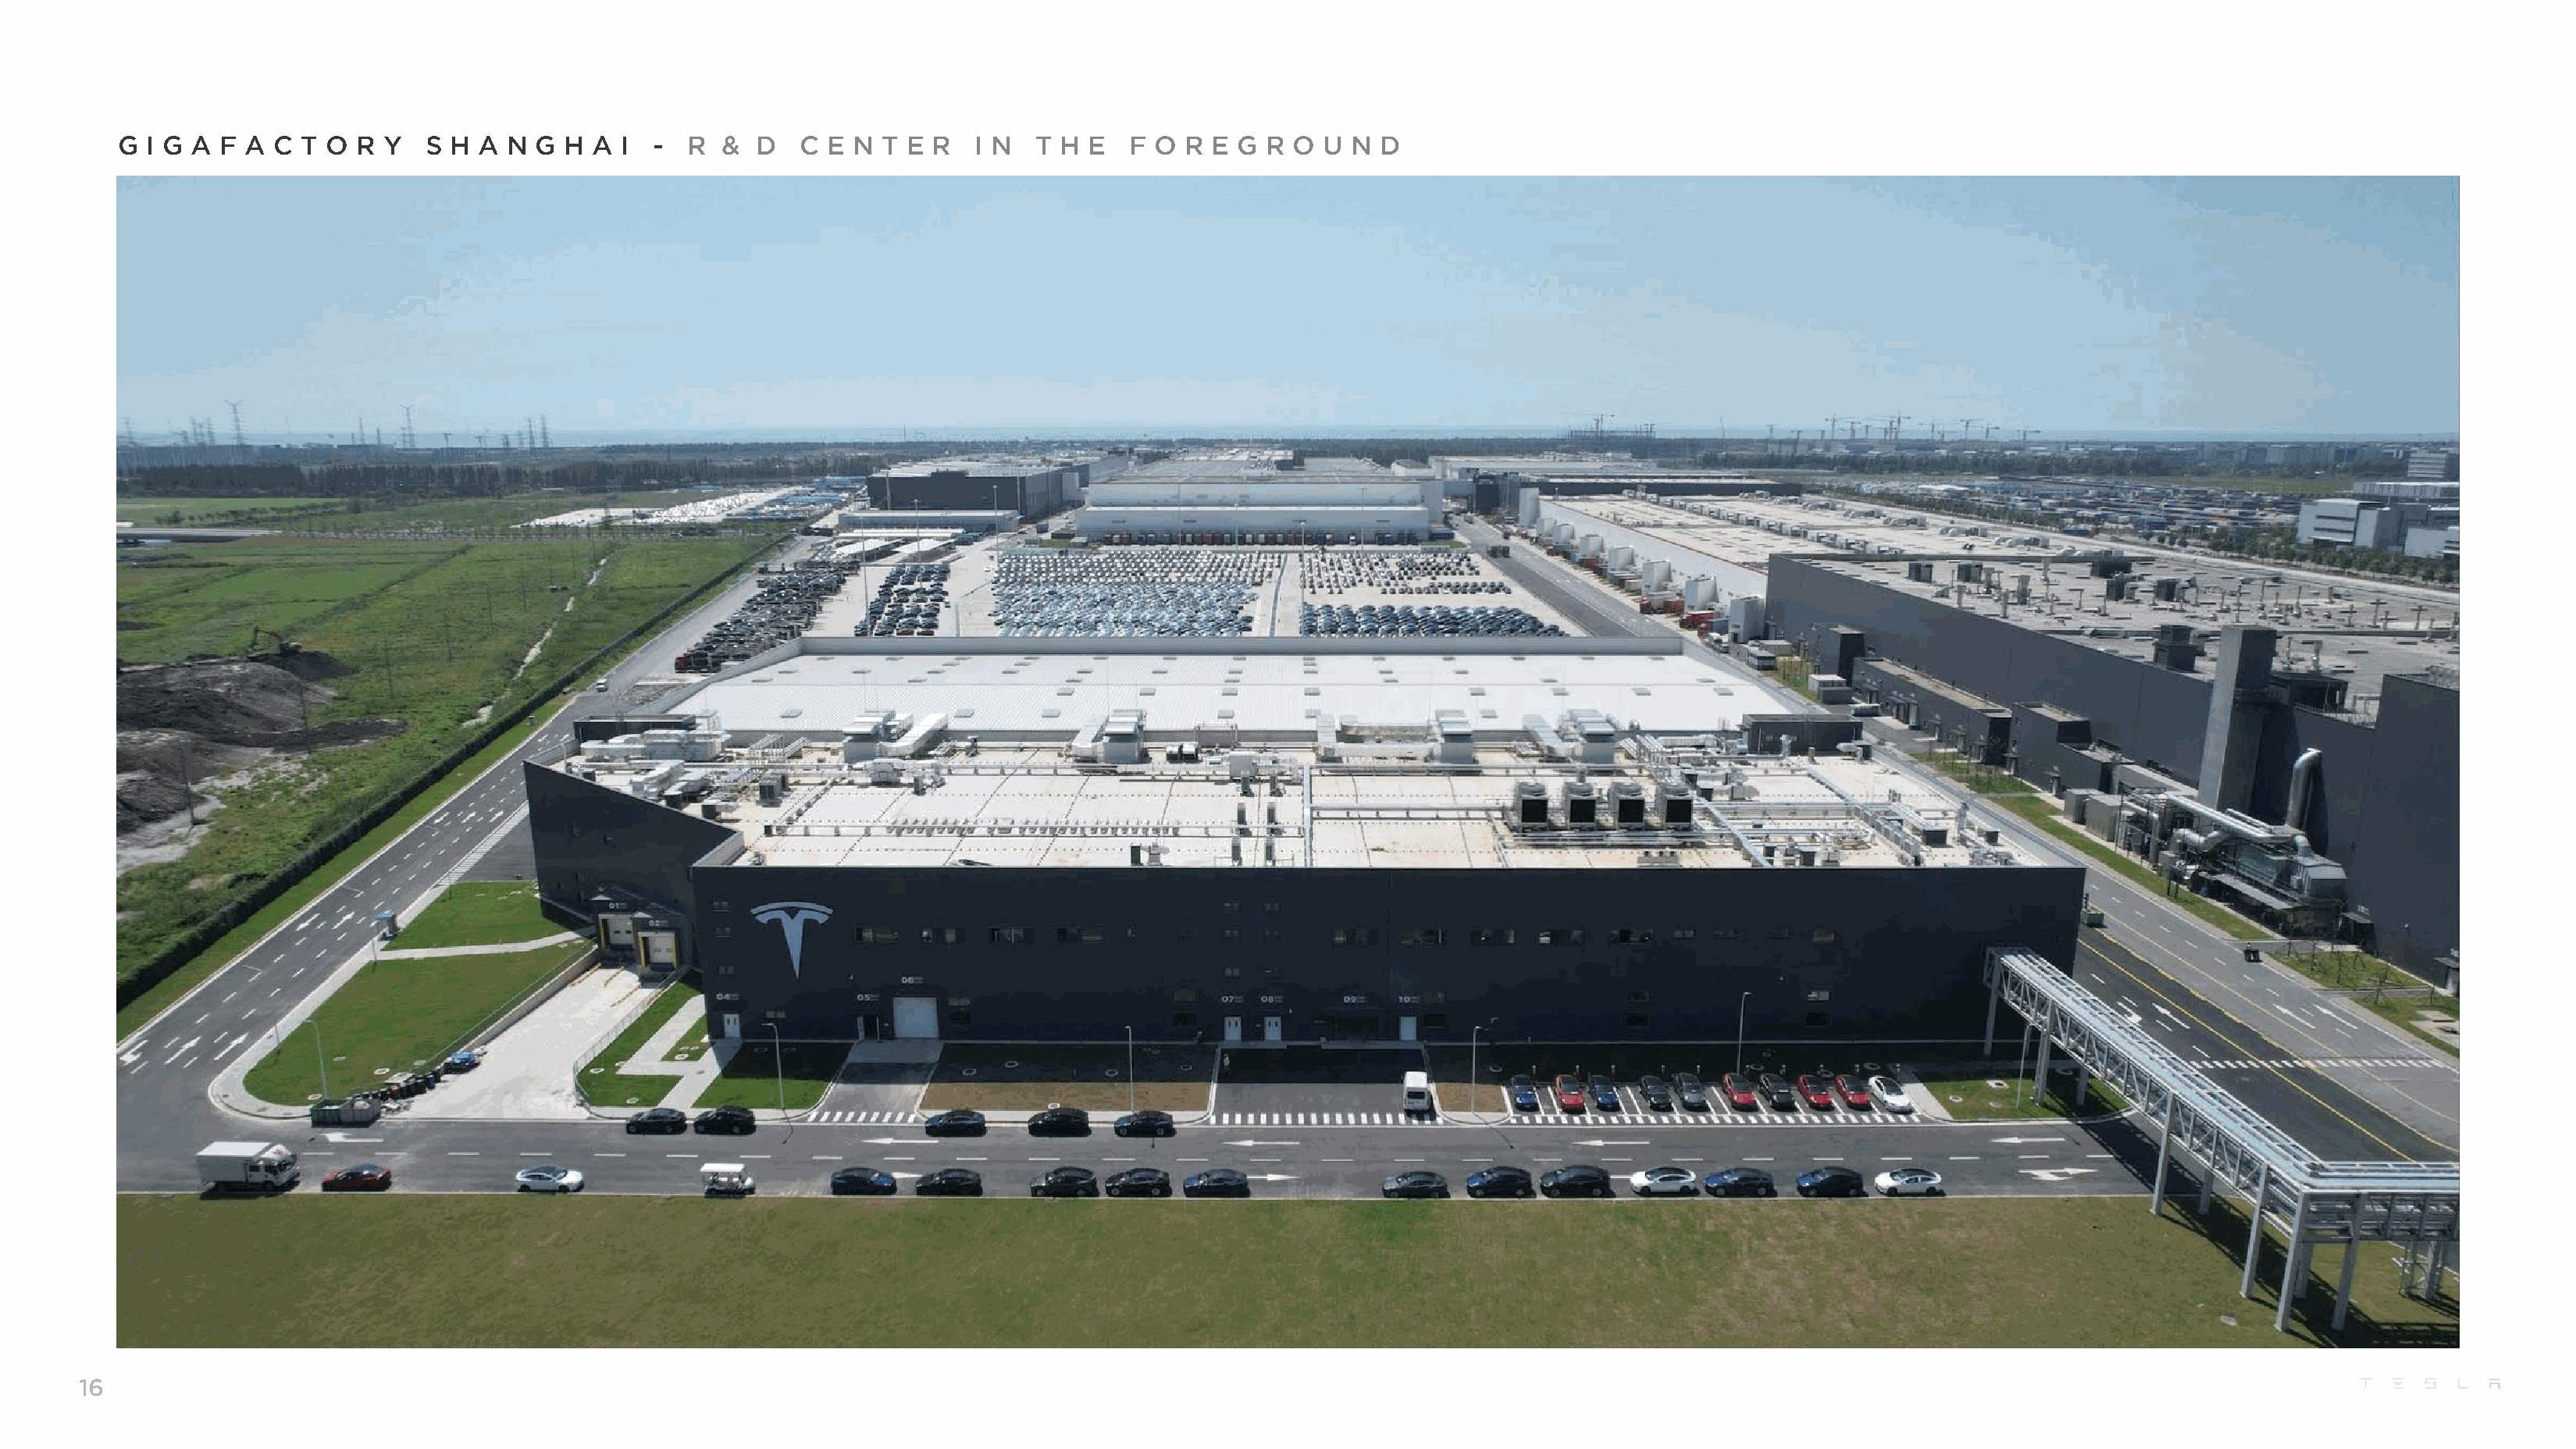
G I G A  F A C  T O R Y   S H  A N G  H A  I -  R  &  D   C E N  T E R   I N  T H E   F O R  E G R  O U  N D
 16